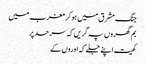
جنگ مشرق میں ہوکر مغرب میں
بم گھروں پہ گریں کہ سرحد پر
کھیت اپنے جلے کہ اوروں کے